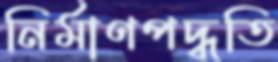
নির্মাণপদ্ধতি